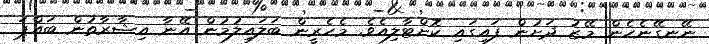
ނޭނގޭނެހެން މޭޒު ދަށުން ފައިގައި ކޮށްޓާލިއެވެ. މެހެރީން ބަަލައިލުމުން އޭނާ އިޝާރާތުން ބައްޕަ